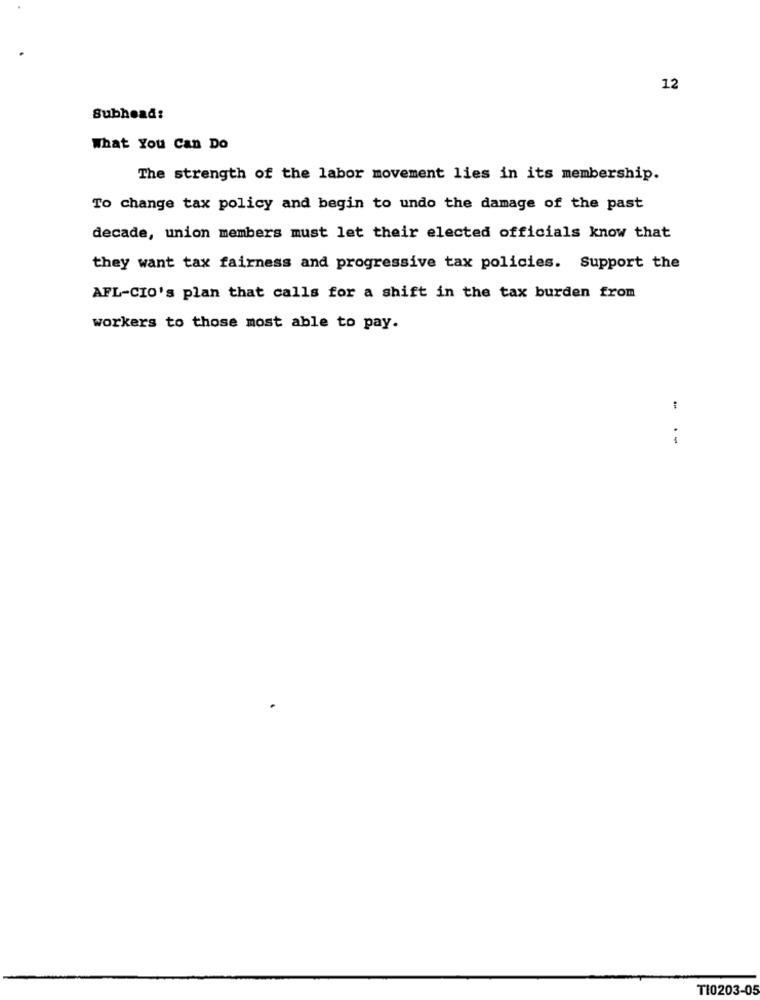
12
Subhead:
What You Can Do
The strength of the labor movement lies in its membership.
To change tax policy and begin to undo the damage of the past
decade, union members must let their elected officials know that
they want tax fairness and progressive tax policies. Support the
AFL-CIO's plan that calls for a shift in the tax burden from
workers to those most able to pay.
:
TI0203-05